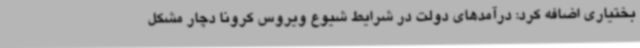
بختیاری اضافه کرد: درآمدهای دولت در شرایط شیوع ویروس کرونا دچار مشکل